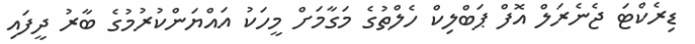
ޑިރެކްޓަ ޖެނެރަލް އޮފް ޕަބްލިކް ހެލްތުގެ މަގާމަށް މީހަކު އައްޔަންކުރުމުގެ ބާރު ދީފައި